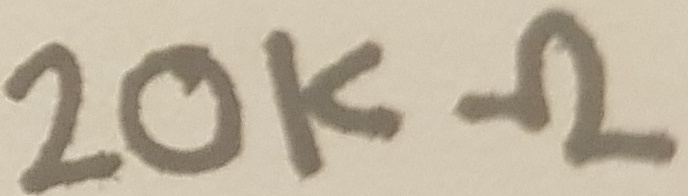
Text: 20K Ω